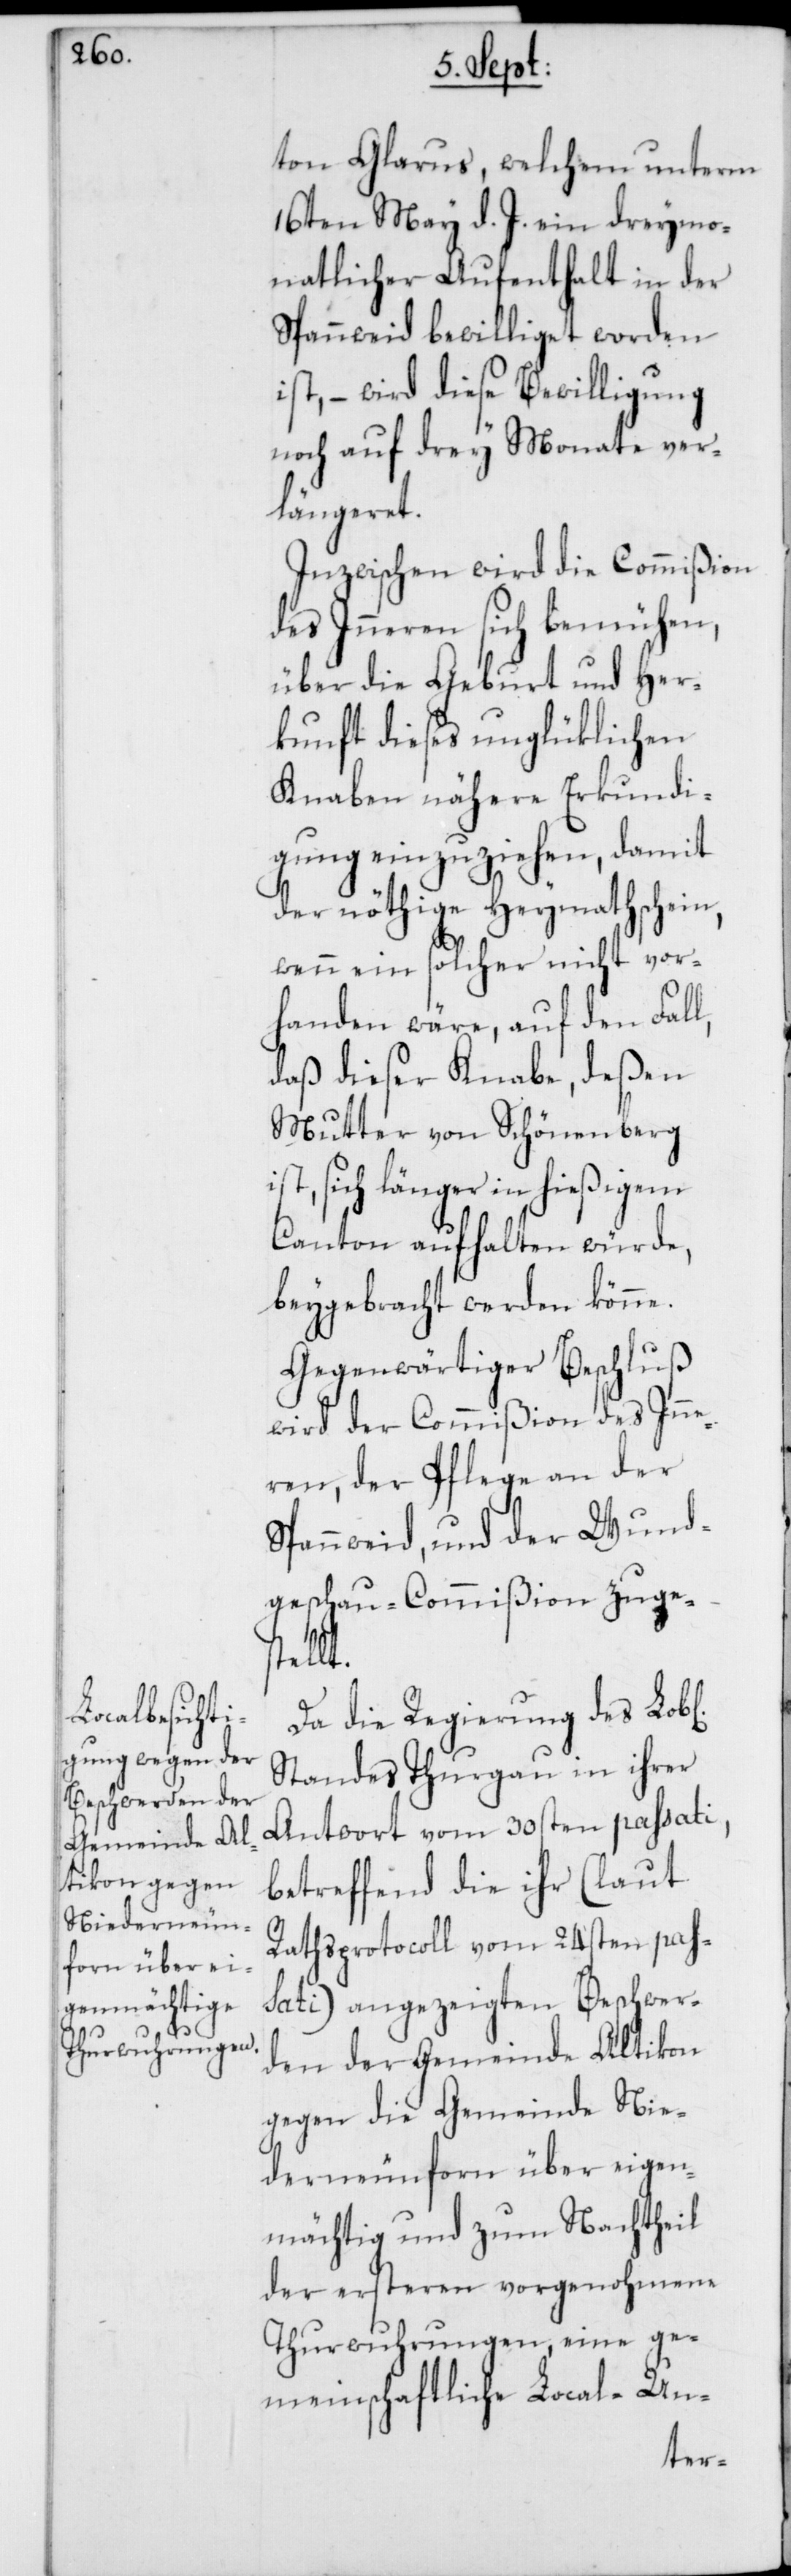
b[lichen]

ton Glarus, welchem unterm
16ten May d. J. ein dreymo¬
natlicher Aufenthalt in der
Spannweid bewilliget worden
ist, – wird diese Bewilligung
noch auf drey Monate ver¬
längeret.
Inzwischen wird die Commißion
des Inneren sich bemühen,
über die Geburt und Her¬
kunft dieses unglücklichen
Knaben nähere Erkundi¬
gung einzuziehen, damit
der nöthige Heymathschein,
wenn ein solcher nicht vor¬
handen wäre, auf den Fall,
daß dieser Knabe, deßen
Mutter von Schönenberg
ist, sich länger in hießigem
Canton aufhalten würde,
beygebracht werden könne.
Gegenwärtiger Beschluß
wird der Commißion des Inn¬
eren, der Pflege an der
Spannweid und der Wund¬
geschau-Commißion zuges¬
tellt.
Da die Regierung des Lo¬
Standes Thurgau in ihrer
Antwort vom 30sten passati,
betreffend die ihr (laut
Rathsprotocoll vom 24sten pas¬
sati) angezeigten Beschwer¬
den der Gemeinde Altikon
gegen die Gemeinde Nie¬
derneunforn über eigen¬
mächtig und zum Nachtheil
der ersteren vorgenohmene
Thurwuhrungen, eine ge¬
meinschaftliche Local-Un-